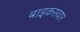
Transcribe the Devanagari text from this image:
बाइकसवार